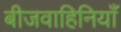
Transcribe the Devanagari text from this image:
बीजवाहिनियाँ